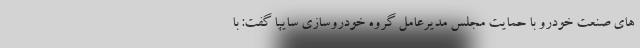
هاي صنعت خودرو با حمایت مجلس مديرعامل گروه خودروسازي سايپا گفت: با